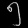
Digit: ၅